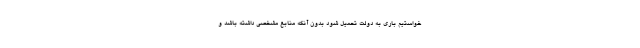
خواستیم باری به دولت تحمیل شود بدون آنکه منابع مشخصی داشته باشد و